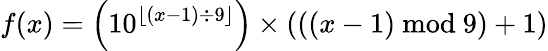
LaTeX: f(x)=\left(10^{\lfloor\left(x-1\right)\div 9\rfloor}\right)\times\left(\left(\left(x-1\right)\ \mathrm{mod}\ 9\right)+1\right)